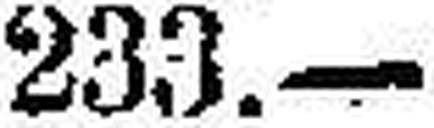
233.—